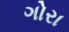
ગોરા